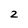
Character: 2